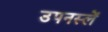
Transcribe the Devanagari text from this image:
उपनस्लें